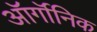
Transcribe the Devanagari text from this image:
ऑर्गॉनिक